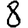
Digit: 8